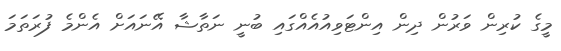
މީގެ ކުރިން ވަރުން ދިން އިންޓަވިއުއެއްގައި ބުނީ ނަތާޝާ އޭނައަށް އެންމެ ފުރަތަމަ